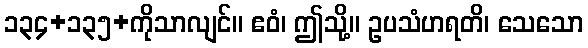
၁၃၄+၁၃၅+ကိုသာလျင်။ ဧဝံ၊ ဤသို့။ ဥပသံဟရတိ၊ သေသော